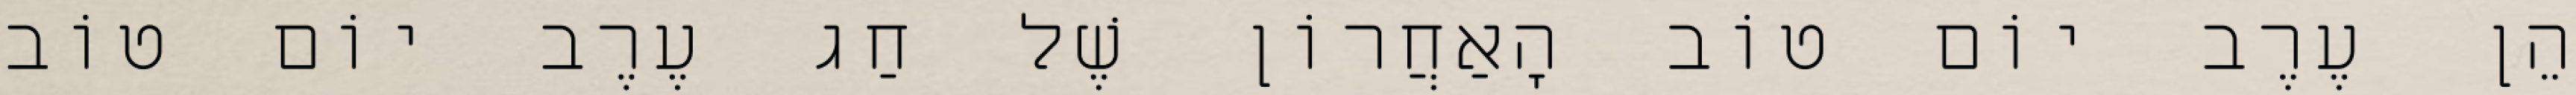
הֵן עֶרֶב יוֹם טוֹב הָאַחֲרוֹן שֶׁל חַג עֶרֶב יוֹם טוֹב